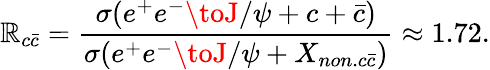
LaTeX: \mathbb{R}_{c\bar{{c}}}=\frac{{\sigma(e^{+}e^{-}\toJ/\psi+c+\bar{{c}})}}{{\sigma(e^{+}e^{-}\toJ/\psi+X_{non.c\bar{{c}}})}}\approx1.72.